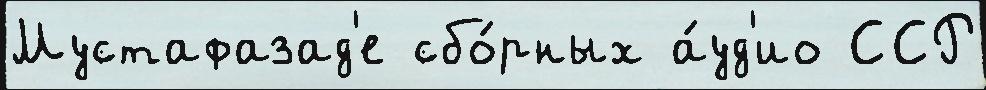
Мустафазад'е сбо́рных а́уд'ио ССР